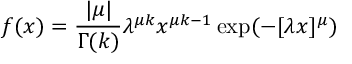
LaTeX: f ( x ) = \frac { \vert \mu \vert } { \Gamma ( k ) } \lambda ^ { \mu k } x ^ { \mu k - 1 } \exp ( - [ \lambda x ] ^ { \mu } )